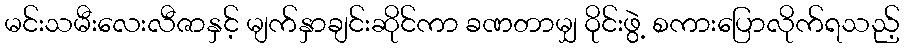
မင်းသမီးလေးလီဇာနှင့် မျက်နှာချင်းဆိုင်ကာ ခဏတာမျှ ဝိုင်းဖွဲ့ စကားပြောလိုက်ရသည့်